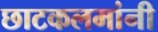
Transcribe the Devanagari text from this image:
छाटकलमांनी